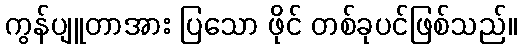
ကွန်ပျူတာအား ပြသော ဖိုင် တစ်ခုပင်ဖြစ်သည်။